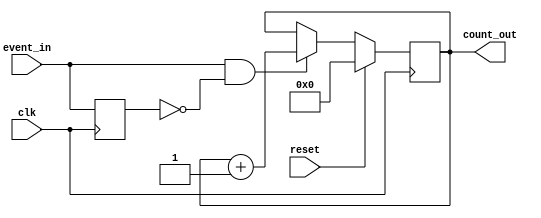
module EventTriggeredCounter #(
    parameter N = 8 // Parameter for counter width, adjust as needed
)(
    input wire clk,           // Clock signal
    input wire reset,         // Synchronous reset signal
    input wire event_in,      // Event input signal
    output reg [N-1:0] count_out // Output count value
);

    // Internal signal to detect rising edge of event_in
    reg event_prev;

    always @(posedge clk) begin
        if (reset) begin
            // Synchronous reset
            count_out <= 0;
        end else begin
            // Rising edge detection for event_in
            if (event_in && !event_prev) begin
                count_out <= count_out + 1; // Increment the counter
            end
        end
        // Update previous event state
        event_prev <= event_in;
    end

endmodule